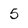
Character: 5